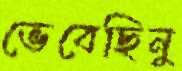
ভেবেছিনু